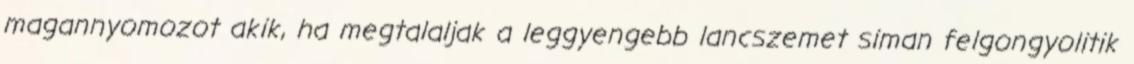
magannyomozot akik, ha megtalaljak a leggyengebb lancszemet siman felgongyolitik